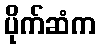
ပိုက်ဆံက